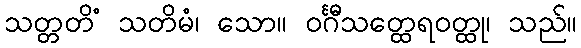
သတ္တတိံ သတိမံ၊ သော။ ဝင်္ဂီသတ္ထေရဝတ္ထု၊ သည်။